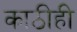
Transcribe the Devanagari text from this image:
काठीही